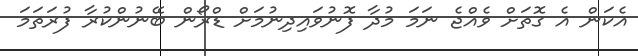
އެކަން އެ ގޮތަށް ވެއްޖެ ނަމަ މުދާ ފޮނުވައިދިނުމަށް ޑްރޯން ބޭނުންކުރާ ފުރަތަމަ